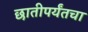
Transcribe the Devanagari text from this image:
छातीपर्यंतचा